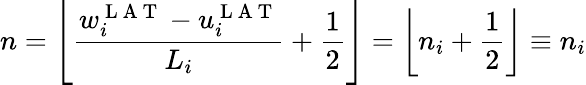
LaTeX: n=\left\lfloor\frac{w_{i}^{\mathrm{~L~A~T~}}-u_{i}^{\mathrm{~L~A~T~}}}{L_{i}}+\frac{1}{2}\right\rfloor=\left\lfloor n_{i}+\frac{1}{2}\right\rfloor\equiv n_{i}